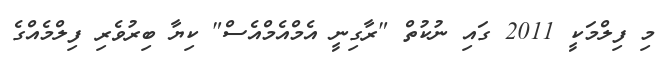
މި ފިލްމަކީ 2011 ގައި ނުކުތް "ރާގިނީ އެމްއެމްއެސް" ކިޔާ ބިރުވެރި ފިލްމެއްގެ